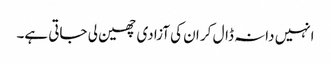
انہیں دانہ ڈال کر ان کی آزادی چھین لی جاتی ہے۔